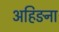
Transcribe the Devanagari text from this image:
अहिङना